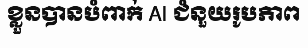
ខ្លួនបានបំពាក់ AI ជំនួយរូបភាព